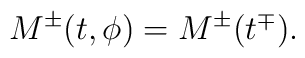
M^{\pm}(t,\phi)=M^{\pm}(t^{\mp}).